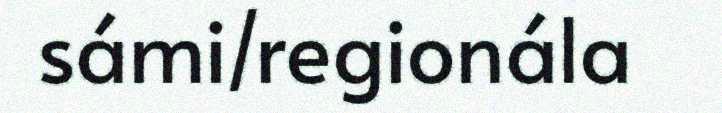
sámi/regionála